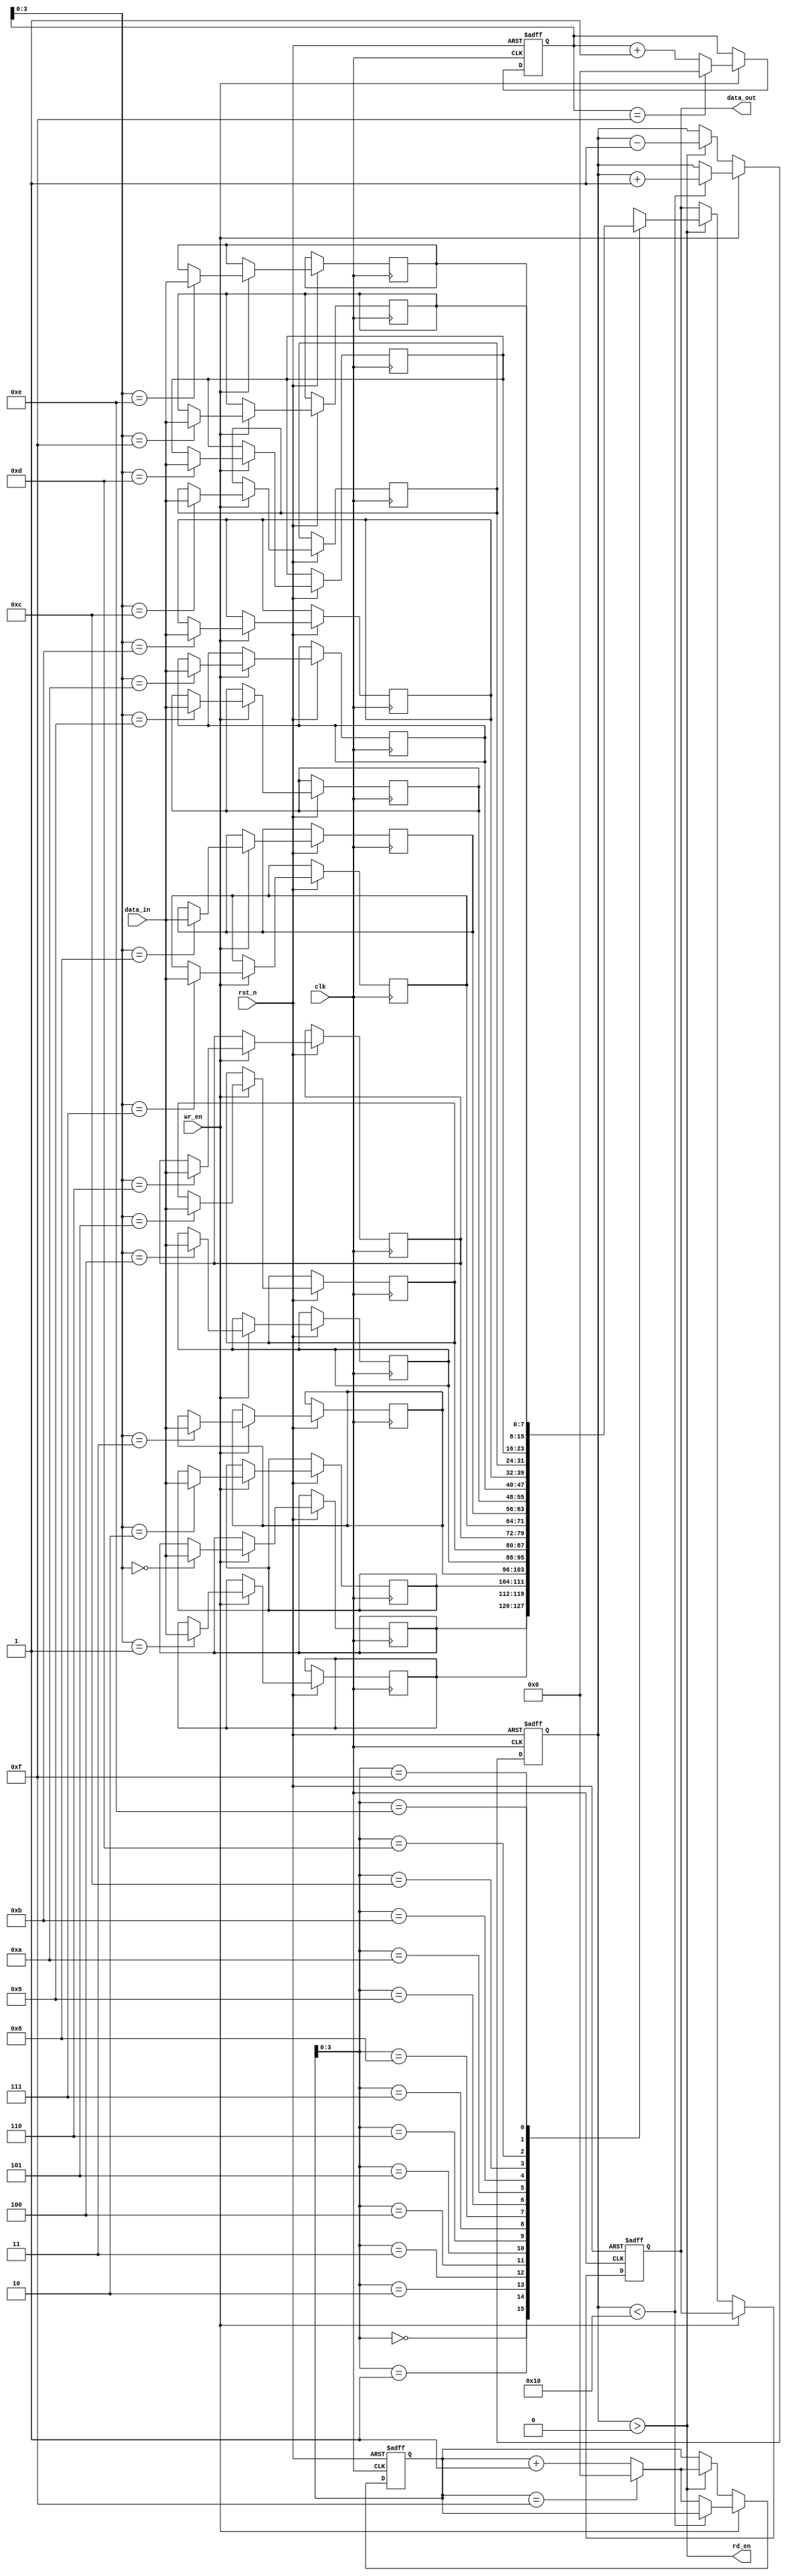
module circular_fifo (
  input wire clk,
  input wire rst_n,
  input wire wr_en,
  input wire [WIDTH-1:0] data_in,
  output wire [WIDTH-1:0] data_out,
  output wire rd_en
);

parameter DEPTH = 16;
parameter WIDTH = 8;

reg [WIDTH-1:0] fifo [DEPTH-1:0];
reg [WIDTH-1:0] data_out_reg;
reg [WIDTH-1:0] data_in_reg;

reg [4:0] wr_ptr;
reg [4:0] rd_ptr;
reg [4:0] count;

always @(posedge clk or negedge rst_n) begin
  if (~rst_n) begin
    wr_ptr <= 0;
    rd_ptr <= 0;
    count <= 0;
    data_out_reg <= 0;
  end else if (wr_en) begin
    fifo[wr_ptr] <= data_in;
    wr_ptr <= (wr_ptr == (DEPTH-1)) ? 0 : wr_ptr + 1;
    if (count < DEPTH) begin
      count <= count + 1;
    end else begin
      rd_ptr <= (rd_ptr == (DEPTH-1)) ? 0 : rd_ptr + 1;
    end
  end else if (rd_en) begin
    data_out_reg <= fifo[rd_ptr];
    rd_ptr <= (rd_ptr == (DEPTH-1)) ? 0 : rd_ptr + 1;
    if (count > 0) begin
      count <= count - 1;
    end else begin
      wr_ptr <= (wr_ptr == (DEPTH-1)) ? 0 : wr_ptr + 1;
    end
  end
end

assign data_out = data_out_reg;
assign rd_en = count > 0;

endmodule